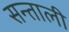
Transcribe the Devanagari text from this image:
सन्ताली